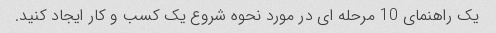
یک راهنمای 10 مرحله ای در مورد نحوه شروع یک کسب و کار ایجاد کنید.